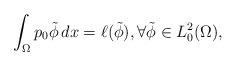
\begin{align*}\int_\Omega p_0 \tilde{\phi}\,dx=\ell (\tilde\phi), \forall \tilde{\phi}\in L^2_0(\Omega),\end{align*}